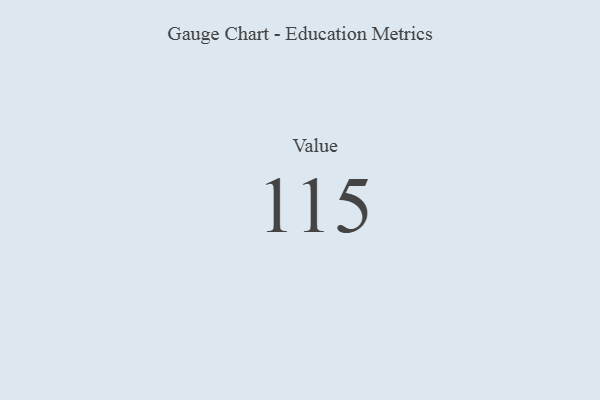
{"axis": {"x": "Metric", "y": "Value"}, "legend": [""], "data": [{"x": "Value", "y": 115, "type": ""}]}